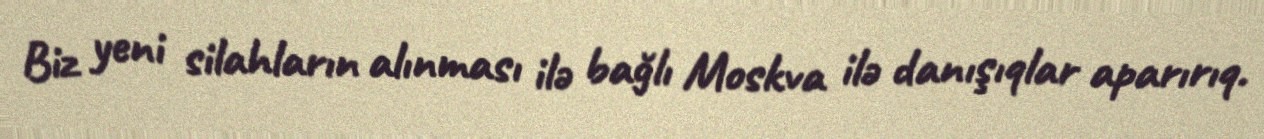
Biz yeni silahların alınması ilə bağlı Moskva ilə danışıqlar aparırıq.